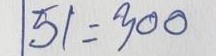
51 = 300